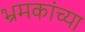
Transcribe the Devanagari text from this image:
भ्रमकांच्या